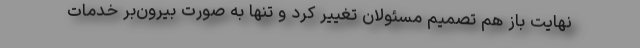
نهایت باز هم تصمیم مسئولان تغییر کرد و تنها به صورت بیرون‌بر خدمات